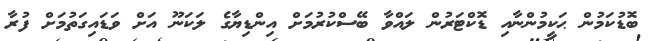
ބޮޑުކަމުން ޙަކީމުންނާއި ޑޮކްޓަރުން ލައްވާ ބޭސްކުރުމަށް އިންޑިޔާގެ ލަކަނޫ އަށް ވަޑައިގަތުމަށް ފުރާ